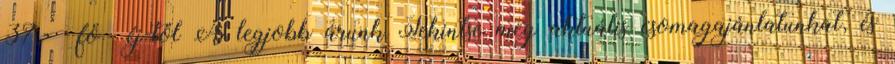
37,- fő éj-től A legjobb árunk Tekintse meg aktuális csomagajánlatunkat, és